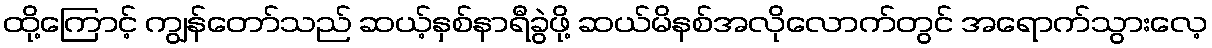
ထို့ကြောင့် ကျွန်တော်သည် ဆယ့်နှစ်နာရီခွဲဖို့ ဆယ်မိနစ်အလိုလောက်တွင် အရောက်သွားလေ့